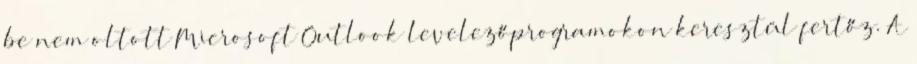
be nem oltott Microsoft Outlook levelezőprogramokon keresztül fertőz. A